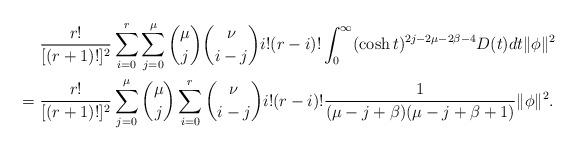
LaTeX: \begin{align*}&~\frac{r!}{[(r+1)!]^2}\sum^r_{i=0}\sum^\mu_{j=0} {\mu\choose j}{\nu\choose i-j}i!(r-i)!\int^\infty_0(\cosh t)^{2j-2\mu-2\beta-4}D(t)dt \|\phi\|^2\\=&~\frac{r!}{[(r+1)!]^2}\sum^\mu_{j=0}{\mu\choose j}\sum^r_{i=0}{\nu\choose i-j}i!(r-i)!\frac{1}{(\mu-j+\beta)(\mu-j+\beta+1)}\|\phi\|^2.\end{align*}